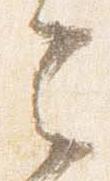
云